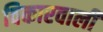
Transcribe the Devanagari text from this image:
विकारवाली